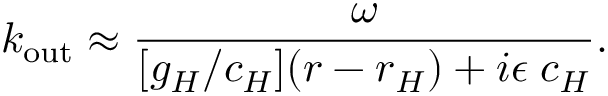
k _ { \mathrm { o u t } } \approx { \frac { \omega } { [ g _ { H } / c _ { H } ] ( r - r _ { H } ) + i \epsilon \; c _ { H } } } .